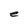
Character: e